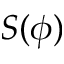
S ( \phi )